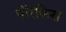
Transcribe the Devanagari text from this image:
पॉरफिरा